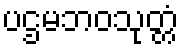
ပဌမဘဝသုတ္တံ